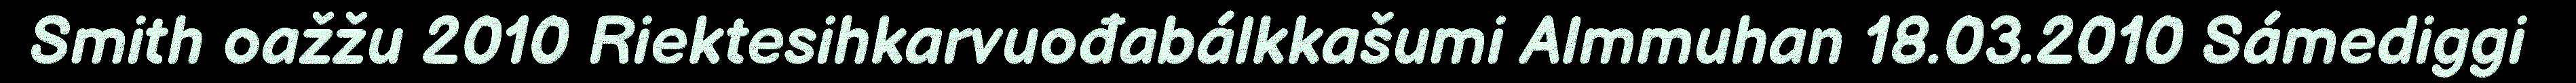
Smith oažžu 2010 Riektesihkarvuođabálkkašumi Almmuhan 18.03.2010 Sámediggi